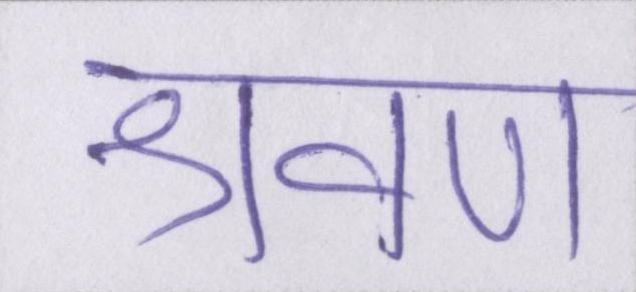
श्रवण